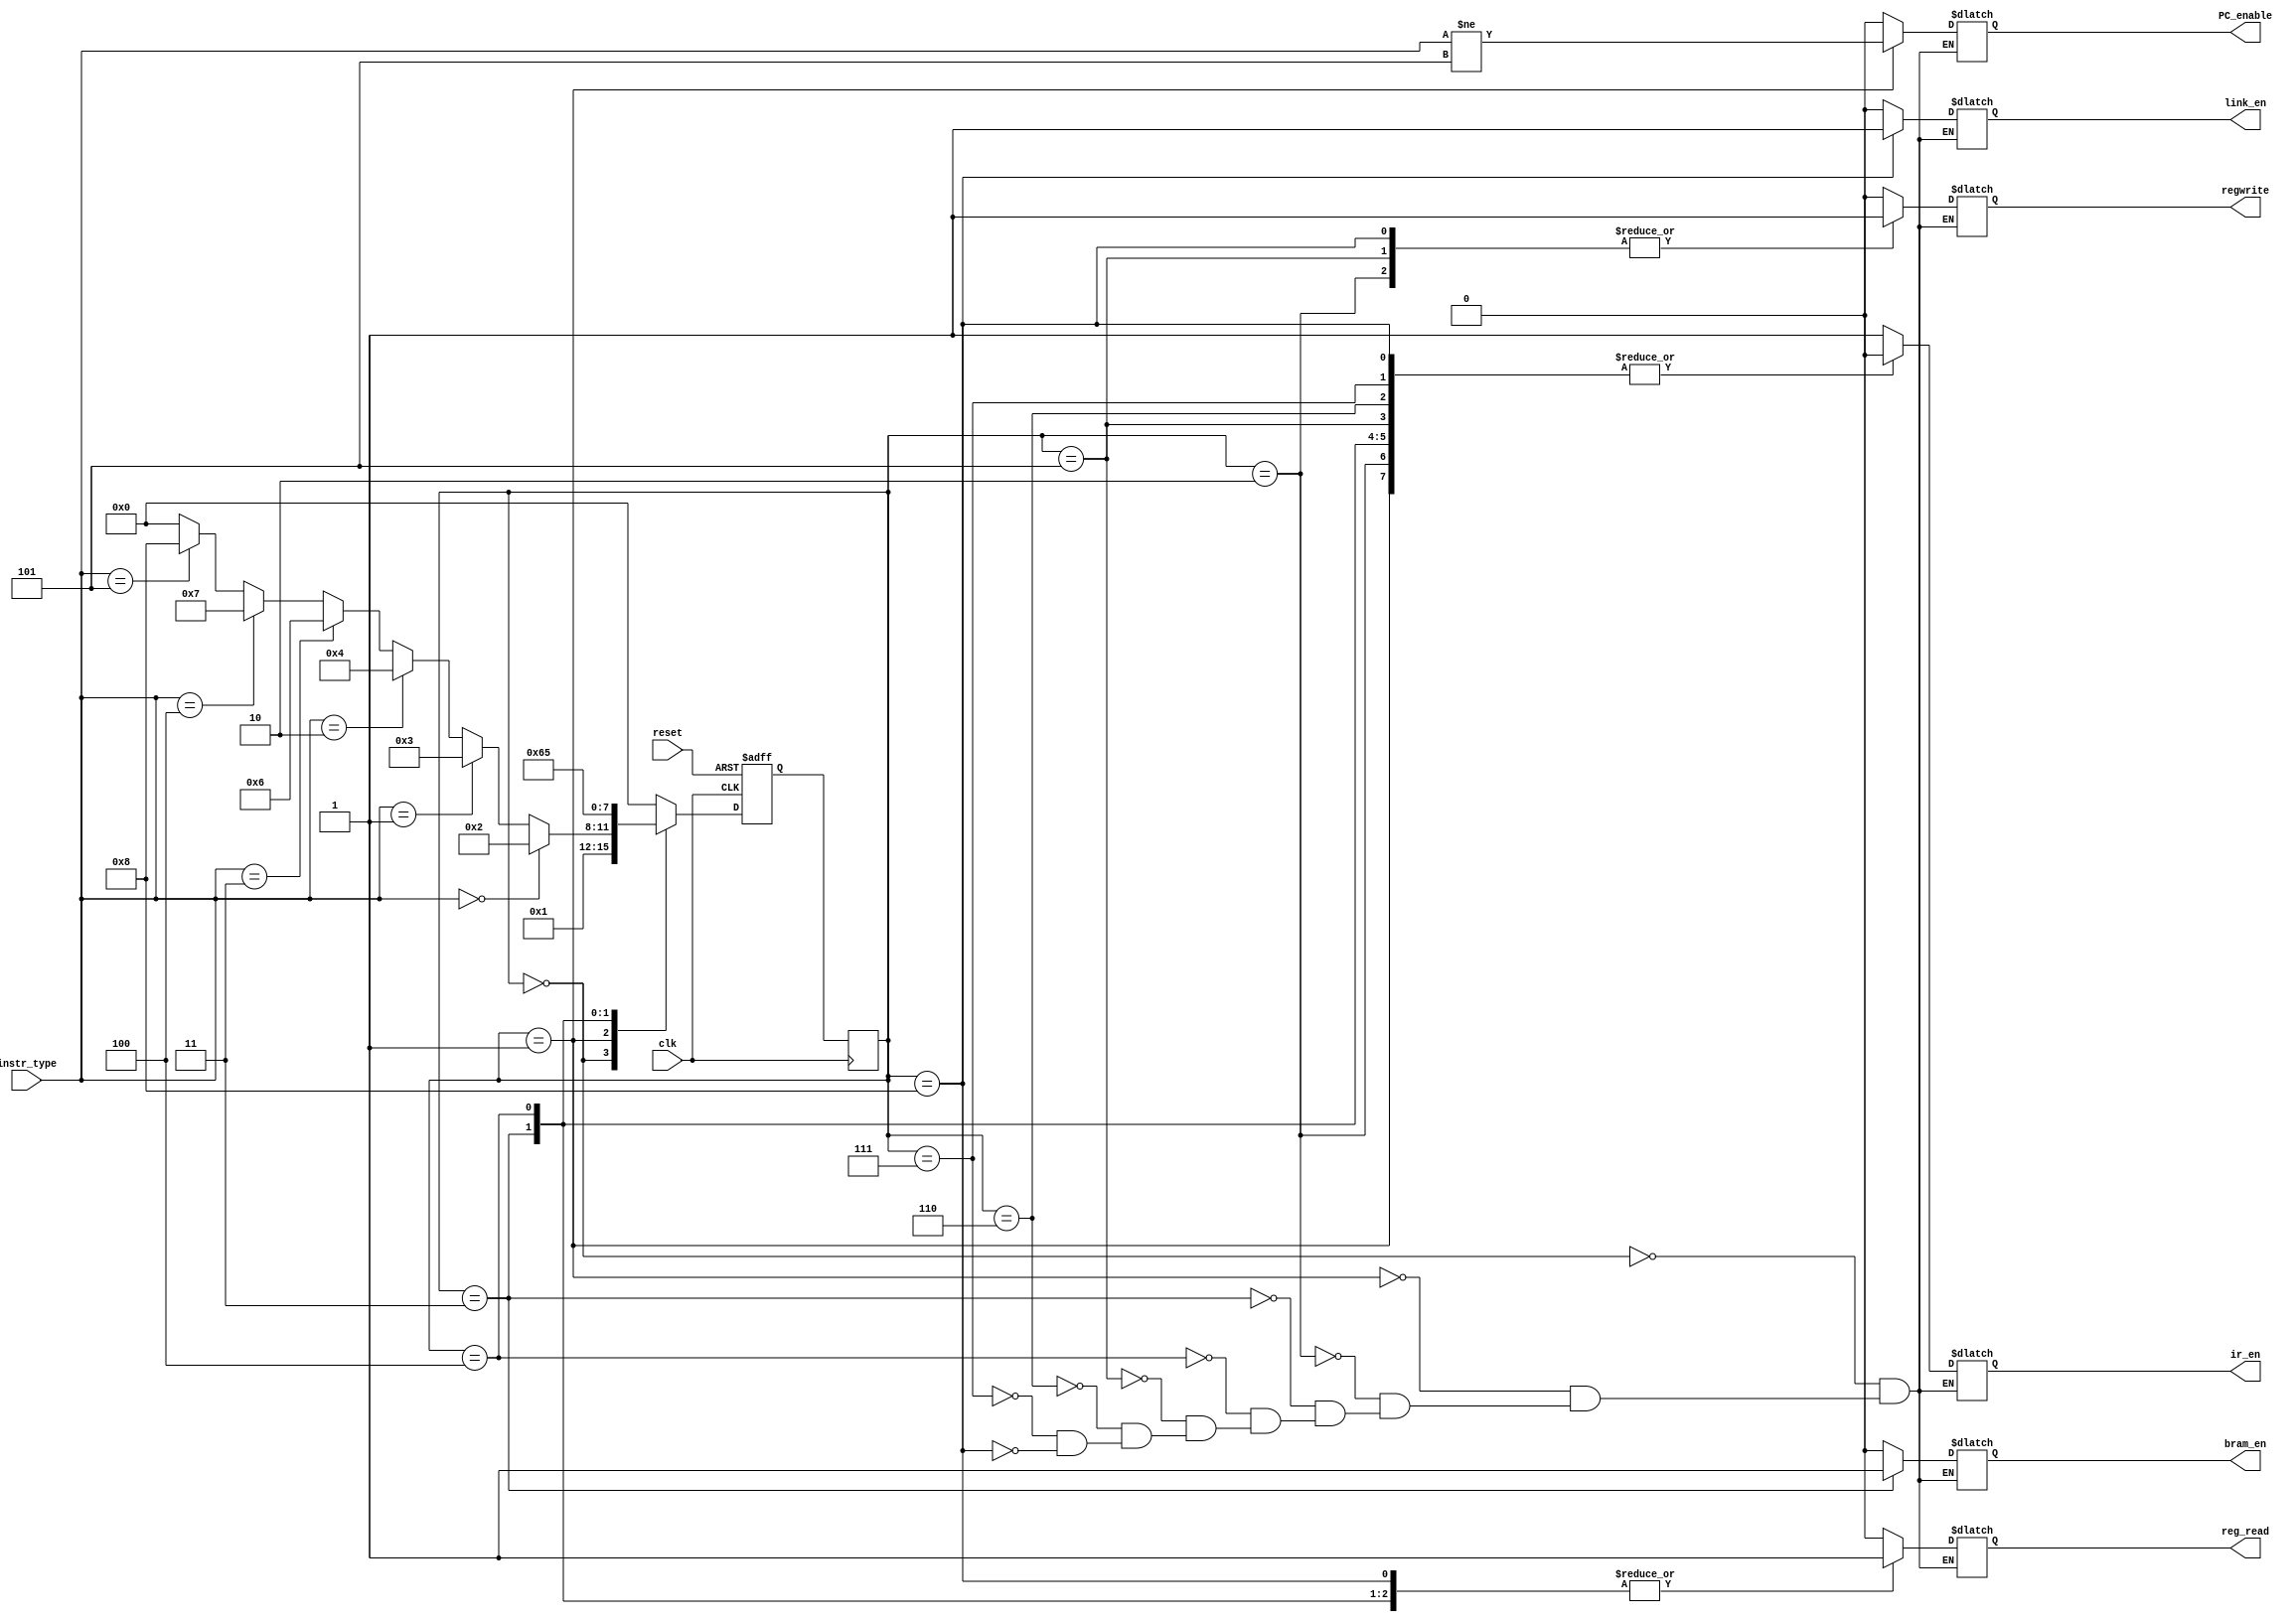
module FSM_cpu
(
	input clk, reset,
	input [2:0] instr_type,
	output reg PC_enable, ir_en, regwrite, reg_read, bram_en, link_en
);

	reg [3:0] state; 
	reg [3:0] nextState;
	reg pc_check;
	
	parameter [3:0] S0 = 4'b0000, S1 = 4'b0001, S2 = 4'b0010, S3 = 4'b0011, S4 = 4'b0100, S5 = 4'b0101, S6 = 4'b0110, S7 = 4'b0111, S8 = 4'b1000;
	always @(negedge clk) begin
		state <= nextState;
	end
	
	always @(posedge clk, negedge reset)begin
		if (reset == 0)
			nextState <= S0;
		else
		begin
			case(state)
				S0: nextState <= S1;
				S1: 
					if(instr_type == 3'b000)
						nextState <= S2;
					else if(instr_type == 3'b001) 
						nextState <= S3;
					else if(instr_type == 3'b010) 
						nextState <= S4;
					else if (instr_type == 3'b011)
						nextState <= S6;
					else if (instr_type == 3'b100)
						nextState <= S7;
					else if (instr_type == 3'b101)
						nextState <= S8;
					else
					nextState <= S0;
				S2: nextState <= S0;
				S3: nextState <= S6; 
				S4: nextState <= S5;
				S5: nextState <= S0;
				S6: nextState <= S0;
				S7: nextState <= S0;
				S8: nextState <= S0;
			default: nextState <= S0;
			endcase
			end
		end
		
		
		
	always @(state)
	begin
	pc_check = instr_type !=3'b101;
		case (state)
			 S0: begin PC_enable = 0; regwrite = 0; ir_en = 1; reg_read = 0; bram_en = 0; link_en = 0; end // alu will write back to reg not bram 
			 S1: begin PC_enable = pc_check; regwrite = 0; ir_en = 0; reg_read = 0; bram_en = 0; link_en = 0; end // decode
			 S2: begin PC_enable = 0; regwrite = 1; ir_en = 0; reg_read = 0; bram_en = 0; link_en = 0; end // execute
			 S3: begin PC_enable = 0; regwrite = 0; ir_en = 0; reg_read = 1; bram_en = 1; link_en = 0; end //STORE
			 S4: begin PC_enable = 0; regwrite = 0; ir_en = 0; reg_read = 1; bram_en = 0; link_en = 0; end //LOAD
			 S5: begin PC_enable = 0; regwrite = 1; ir_en = 0; reg_read = 0; bram_en = 0; link_en = 0; end // store data to regfile
			 S6: begin PC_enable = 0; regwrite = 0; ir_en = 0; reg_read = 0; bram_en = 0; link_en = 0; end // Jump
			 S7: begin PC_enable = 0; regwrite = 0; ir_en = 0; reg_read = 0; bram_en = 0; link_en = 0; end // Branch
			 S8: begin PC_enable = 0; regwrite = 1; ir_en = 0; reg_read = 1; bram_en = 0; link_en = 1; end // JAL
		endcase
end
	
endmodule